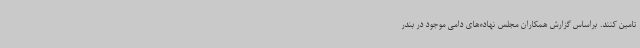
تامین کنند. براساس گزارش همکاران مجلس نهاده‌های دامی موجود در بندر